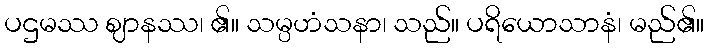
ပဌမဿ ဈာနဿ၊ ၏။ သမ္ပဟံသနာ၊ သည်။ ပရိယောသာနံ၊ မည်၏။